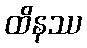
ထိနဿ